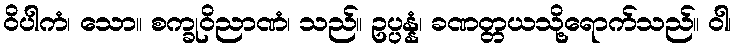
ဝိပါကံ၊ သော။ စက္ခုဝိညာဏံ၊ သည်။ ဥပ္ပန္နံ၊ ခဏတ္တယသို့ရောက်သည်။ ဝါ၊